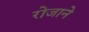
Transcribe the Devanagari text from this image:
रोजाने